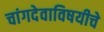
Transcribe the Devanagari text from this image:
चांगदेवाविषयीचे